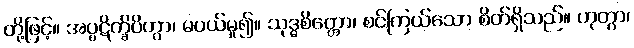
တို့ဖြင့်။ အပ္ပဋိက္ခိပိတွာ၊ မပယ်မူ၍။ သုဒ္ဓစိတ္တော၊ စင်ကြယ်သော စိတ်ရှိသည်။ ဟုတွာ၊